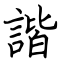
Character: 諧